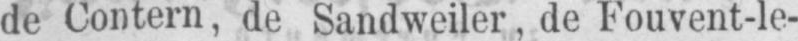
de Contern, de Sandweiler, de Fouvent-le-